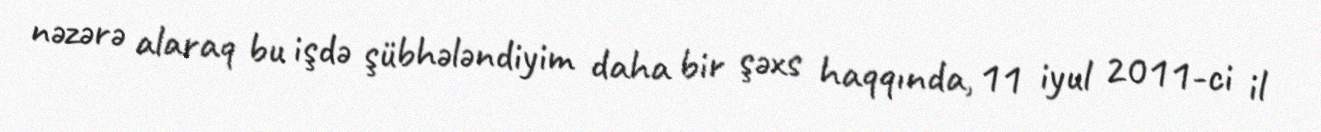
nəzərə alaraq bu işdə şübhələndiyim daha bir şəxs haqqında, 11 iyul 2011-ci il